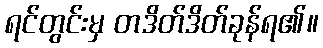
ရင်တွင်းမှ တဒိတ်ဒိတ်ခုန်ရ၏။